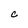
Character: C